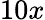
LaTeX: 10x